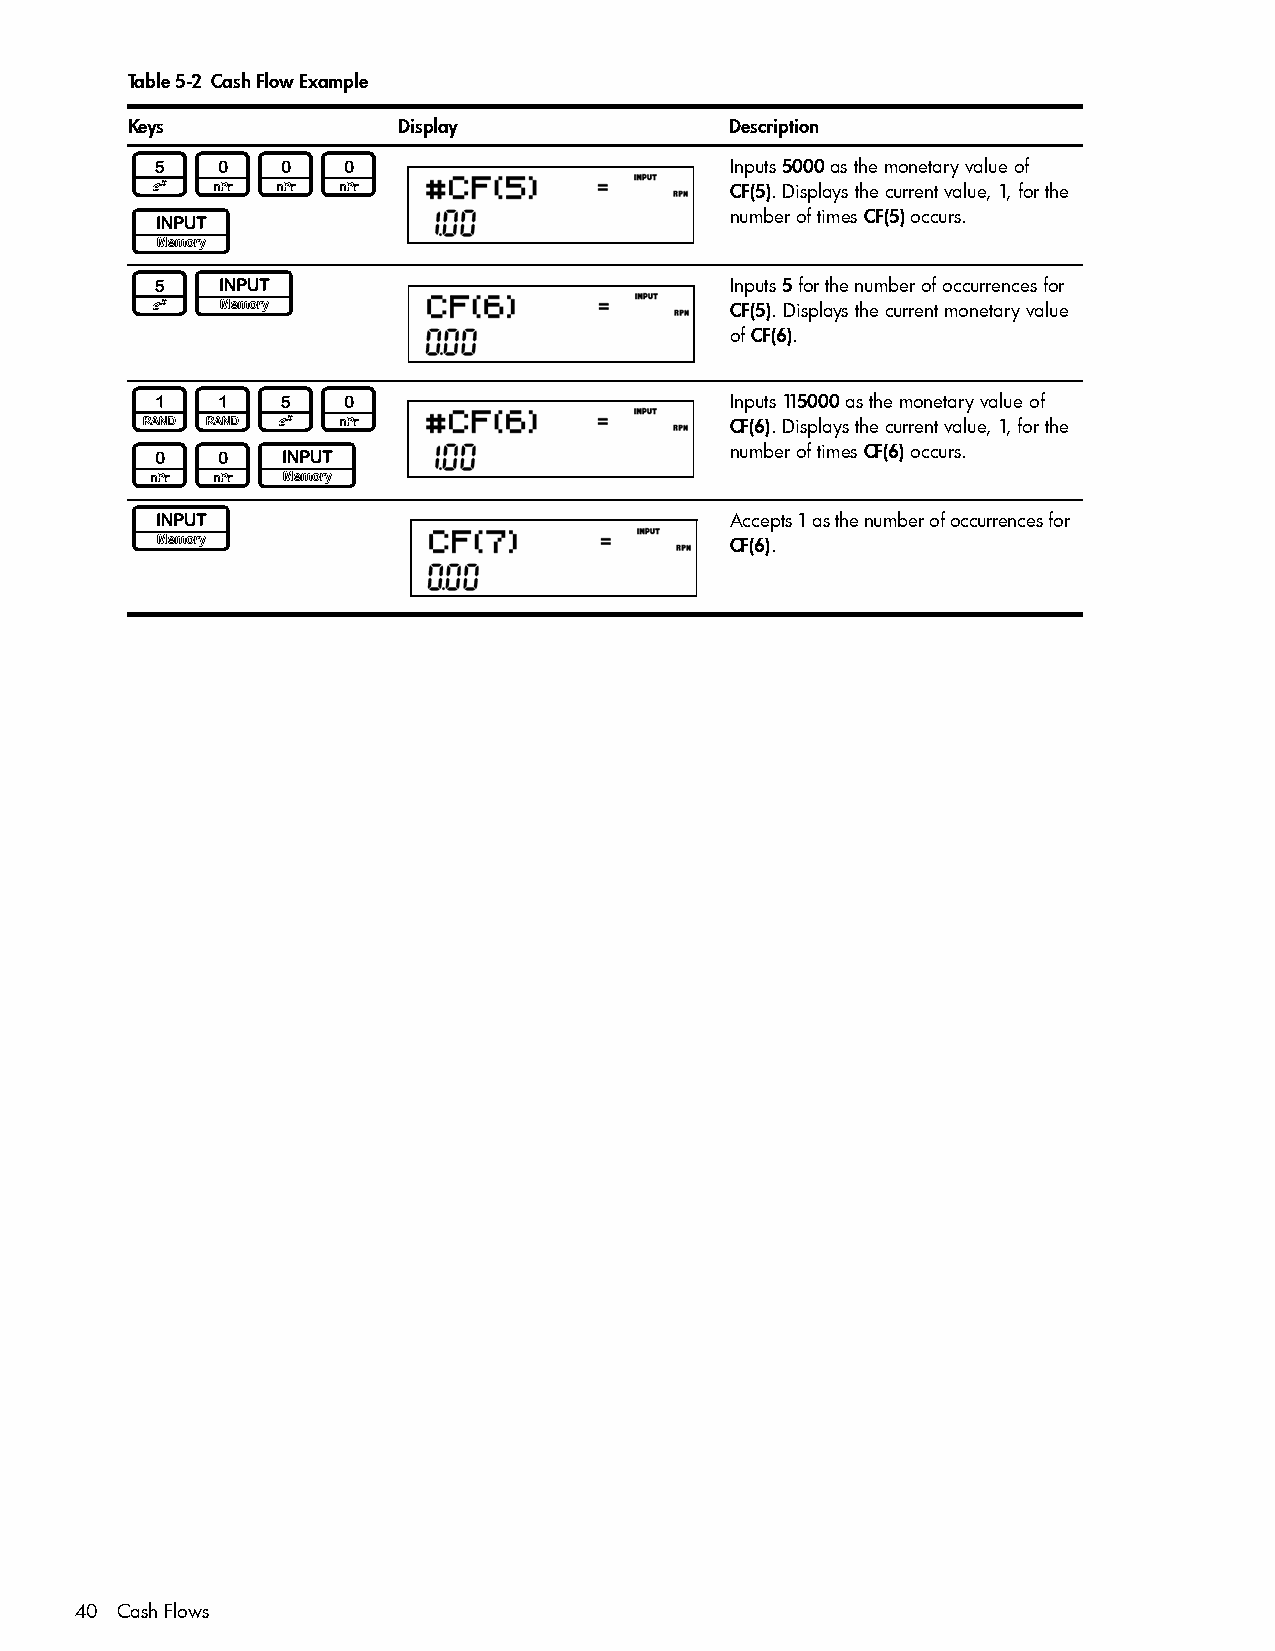
Table 5-2 Cash Flow Example
 Keys              Display               Description
 5000                                    Inputs 5000 as the monetary value of
 CF(5). Displays the current value, 1, for the
 I                                       number of times CF(5) occurs.
 5I                                      Inputs 5 for the number of occurrences for
 CF(5). Displays the current monetary value
 of CF(6).
 1150                                    Inputs 115000 as the monetary value of
 CF(6). Displays the current value, 1, for the
 00I                                     number of times CF(6) occurs.
 I                                       Accepts 1 as the number of occurrences for
 CF(6).
 40 Cash Flows